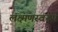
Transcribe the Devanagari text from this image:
लक्ष्मणस्वरूप